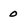
Character: 0